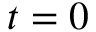
t = 0